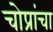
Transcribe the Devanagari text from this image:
चोप्रांचा